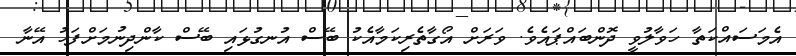
އެމަސައްކަތާ ހަވާލުވީ ދޮންބައްޕައެވެ. ވަރަށް އޯގާތެރިކަމާއެކު ބޭސް އުނގުޅައި ބޭސް ކާންދިނުމަށްފަހު އޭނާ